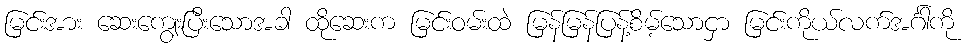
မြင်းအား ဆေးကျွေးပြီးသောအခါ ထိုဆေးက မြင်းဝမ်းထဲ မြန်မြန်ပြန့်စိမ့်သောငှာ မြင်းကိုယ်လက်အင်္ဂါကို